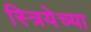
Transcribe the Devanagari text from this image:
स्त्रियेच्या